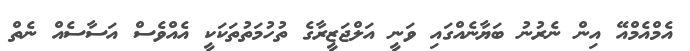
އެމްއެމްއޭ އިން ނެރުނު ބަޔާނެއްގައި ވަނީ އަލްޖަޒީރާގެ ތުހުމަތުތަކަކީ އެއްވެސް އަސާސެއް ނެތް